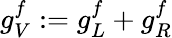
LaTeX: g_{V}^{f}:=g_{L}^{f}+g_{R}^{f}